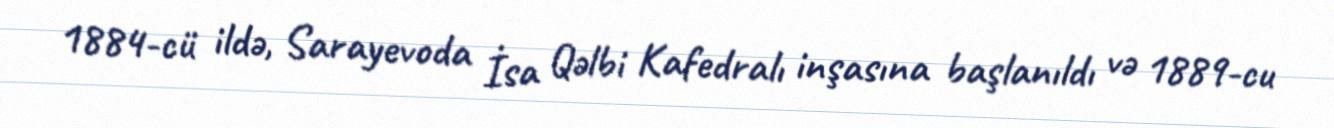
1884-cü ildə, Sarayevoda İsa Qəlbi Kafedralı inşasına başlanıldı və 1889-cu